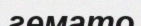
гемато